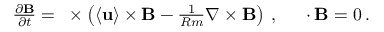
\begin{array} { r } { \frac { \partial { \bf { B } } } { \partial t } = { \bf { \nabla } } \times \left( \langle { \bf { u } } \rangle \times { \bf { B } } - \frac { 1 } { R m } \nabla \times { \bf { B } } \right) \: , \quad { \bf { \nabla } } \cdot { \bf { B } } = 0 \: . } \end{array}